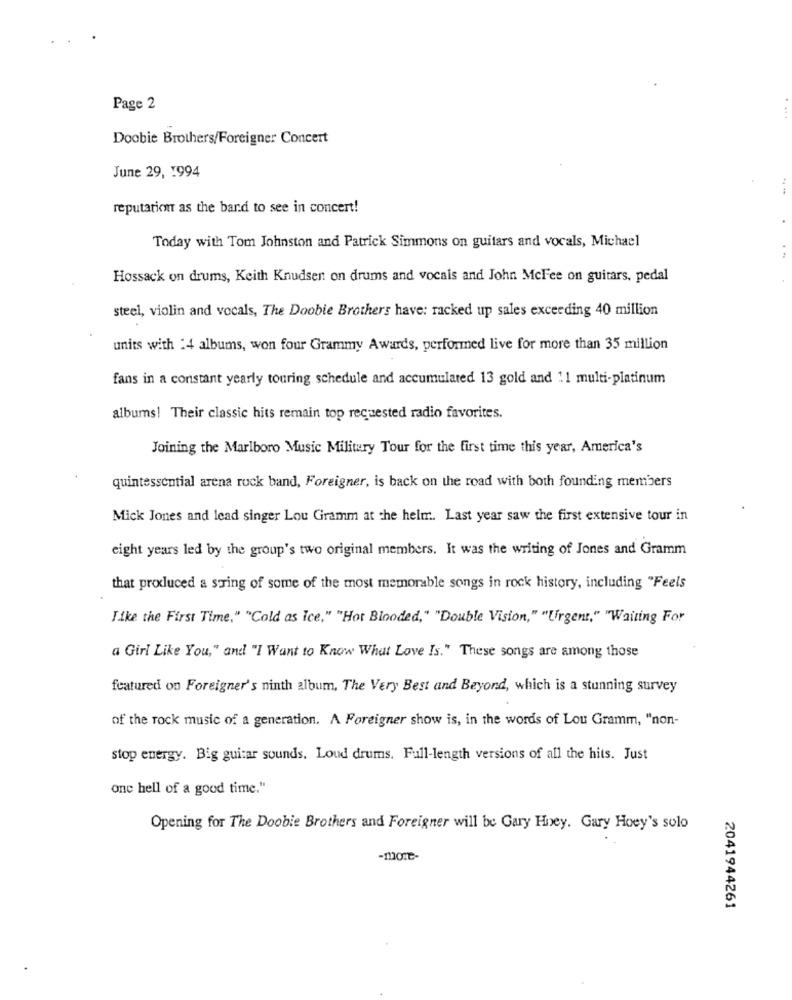
Page 2
Doobie Brothers/Foreigner Concert
June 29, 994
reputation as the band to see in concert!
Today with Tom Johnston and Patrick Simmons on guitars and vocals, Michael
Hossack on drums, Keith Knudsen on drums and vocais and John McFee on guitars, pedal
steel, violin and vocals, The Doobie Brothers have: racked up sales exceeding 40 million
units with :4 albums, won four Grammy Awards, performed live for more than 35 million
fans in a constant yearly touring schedule and accumulated 13 gold and 1.1 multi-platinum
albums! Their classic hits remain top requested radio favorites.
Joining the Marlboro Music Military Tour for the first time this year, America's
quintessential arena rock band, Foreigner, is back on the road with both founding members
Mick Jones and lead singer Lou Gramm at the helm. Last year saw the first extensive tour in
eight years led by the group's two original members. It was the writing of Jones and Gramm
that produced a swing of some of the most memorable songs in rock history, including "Feels
Like the First Time," "Cold as Ice," "Hot Blooded," "Double Vision," "Urgent," "Waiting For
a Girl Like You," and "I Want to Know What Love Is." These songs are among those
featured on Foreigner's ninth album, The Very Best and Beyond, which is a stunning survey
of the rock music of a generation. A Foreigner show is, in the words of Lou Gramm, "non-
stop energy. Big guitar sounds. Loud drums. Full-length versions of all the hits. Just
one hell of a good time."
Opening for The Doobie Brothers and Foreigner will be Gary Hoey. Gary Hoey's solo
-more-
2041944261